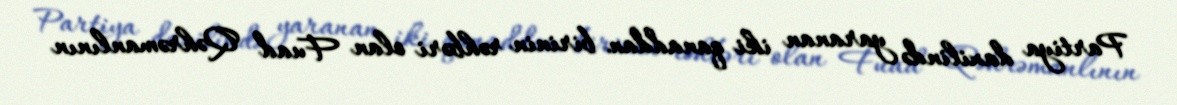
Partiya daxilində yaranan iki qanaddan birinin rəhbəri olan Fuad Qəhrəmanlının